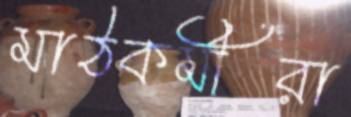
মাঠকর্মীরা